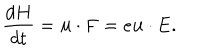
{ \frac { d H } { d t } } = { \bf u } \cdot { \bf F } = e { \bf u } \cdot { \bf E } .